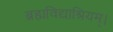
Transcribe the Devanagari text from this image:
ब्रह्मविद्याश्रियम्।